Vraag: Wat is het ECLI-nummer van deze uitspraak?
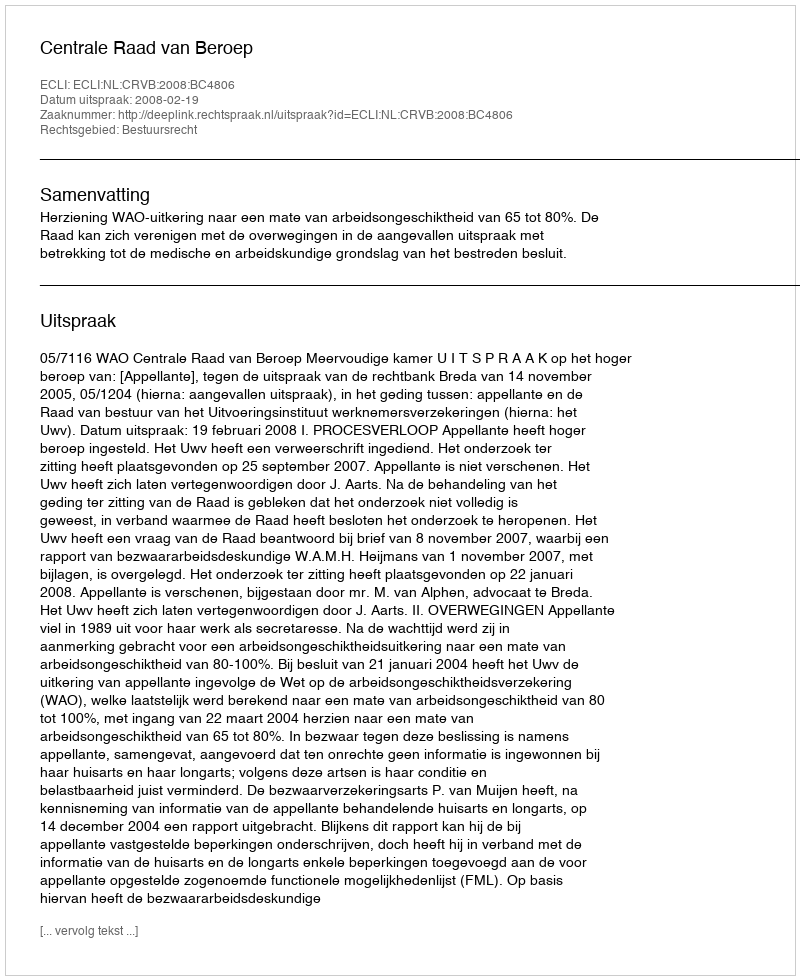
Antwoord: ECLI:NL:CRVB:2008:BC4806